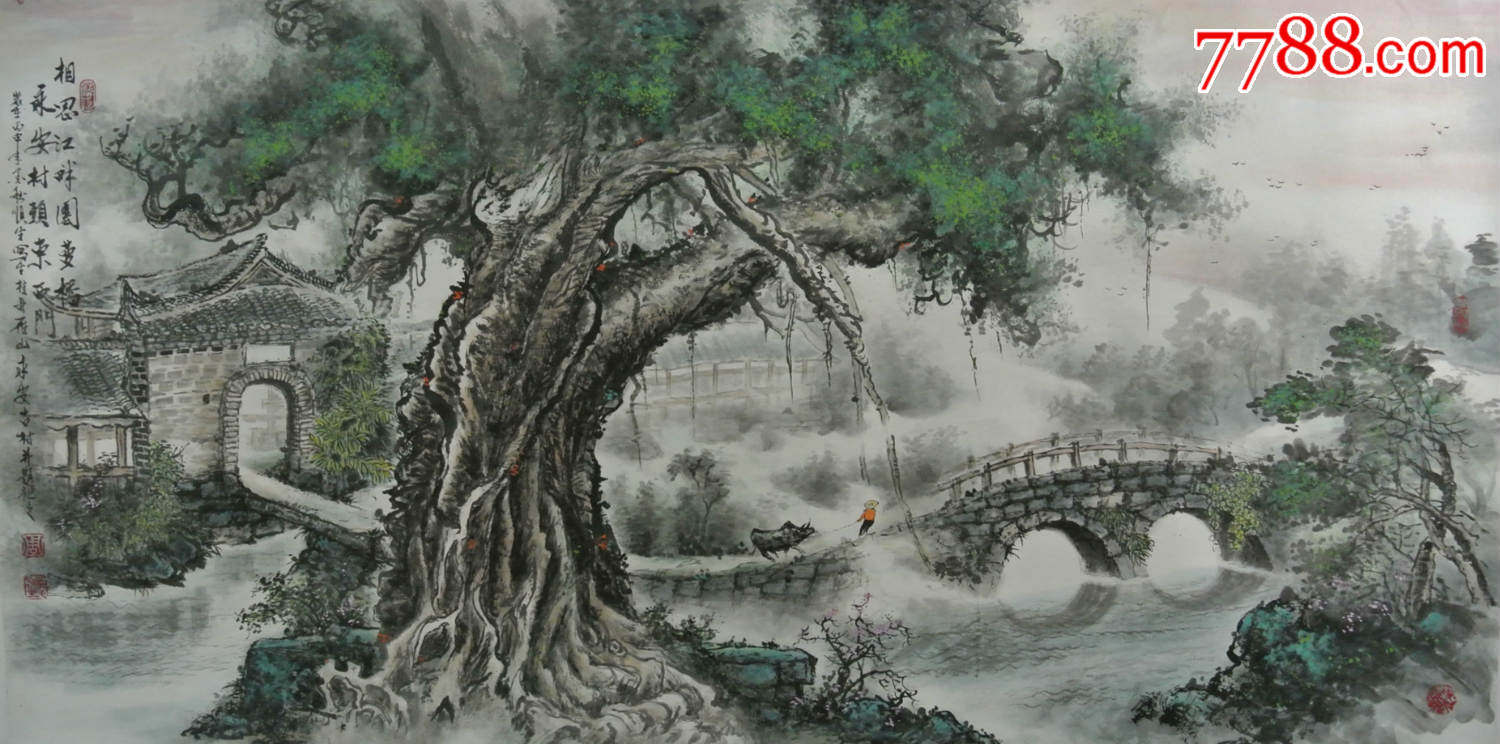
不觉新凉似水，相思两鬓如霜。